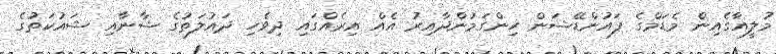
މުލީއާގެއިން މެޑަމްގެ ފައުންޑޭޝަން ހިންގަމުންދާއިރު އެއް އިރެއްގައި ދިވެހި ދައުލަތުގެ ޝާނާއި ޝައުކަތުގެ